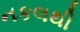
નકલથી